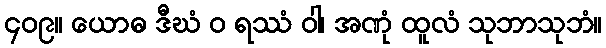
၄၀၉။ ယောဓ ဒီဃံ ဝ ရဿံ ဝါ၊ အဏုံ ထူလံ သုဘာသုဘံ။